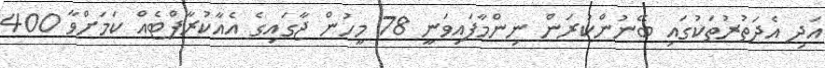
އަދި އެދަތުރުތަކުގައި ބޭނުންކުރަން ނިންމާފައިވަނީ 78 މީހުން ޖާގައިގެ އެއާކުރާފްޓެއް ކަމަށްވާ 400